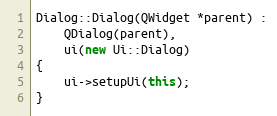
Language: C++
Dialog::Dialog(QWidget *parent) :
    QDialog(parent),
    ui(new Ui::Dialog)
{
    ui->setupUi(this);
}